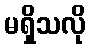
မရှိသလို